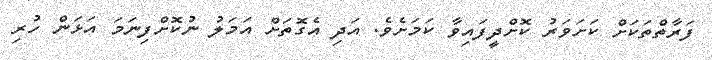
ފަރާތްތަކަށް ކަށަވަރު ކޮށްދީފައިވާ ކަމަށެވެ. އަދި އެގޮތަށް އަމަލު ނުކޮށްފިނަމަ އަޅަން ހުރި